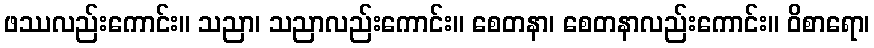
ဖဿလည်းကောင်း။ သညာ၊ သညာလည်းကောင်း။ စေတနာ၊ စေတနာလည်းကောင်း။ ဝိစာရော၊